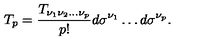
T _ { p } = { \frac { T _ { \nu _ { 1 } \nu _ { 2 } \ldots \nu _ { p } } } { p ! } } d \sigma ^ { \nu _ { 1 } } \ldots d \sigma ^ { \nu _ { p } } .